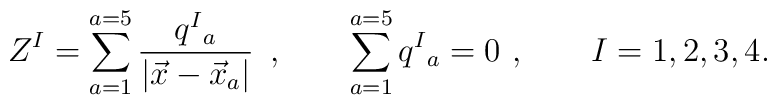
Z^I   =  \sum _{a= 1}^{a=5} {q^I{}_a \over |\vec x - \vec x_a| }\, \ , \qquad\sum _{a= 1}^{a=5} q^I{}_a=0\ , \qquad I=1,2,3,4.